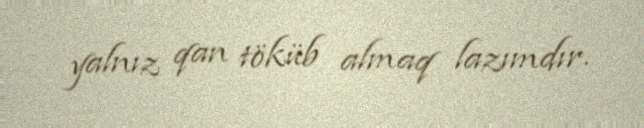
yalnız qan töküb almaq lazımdır.